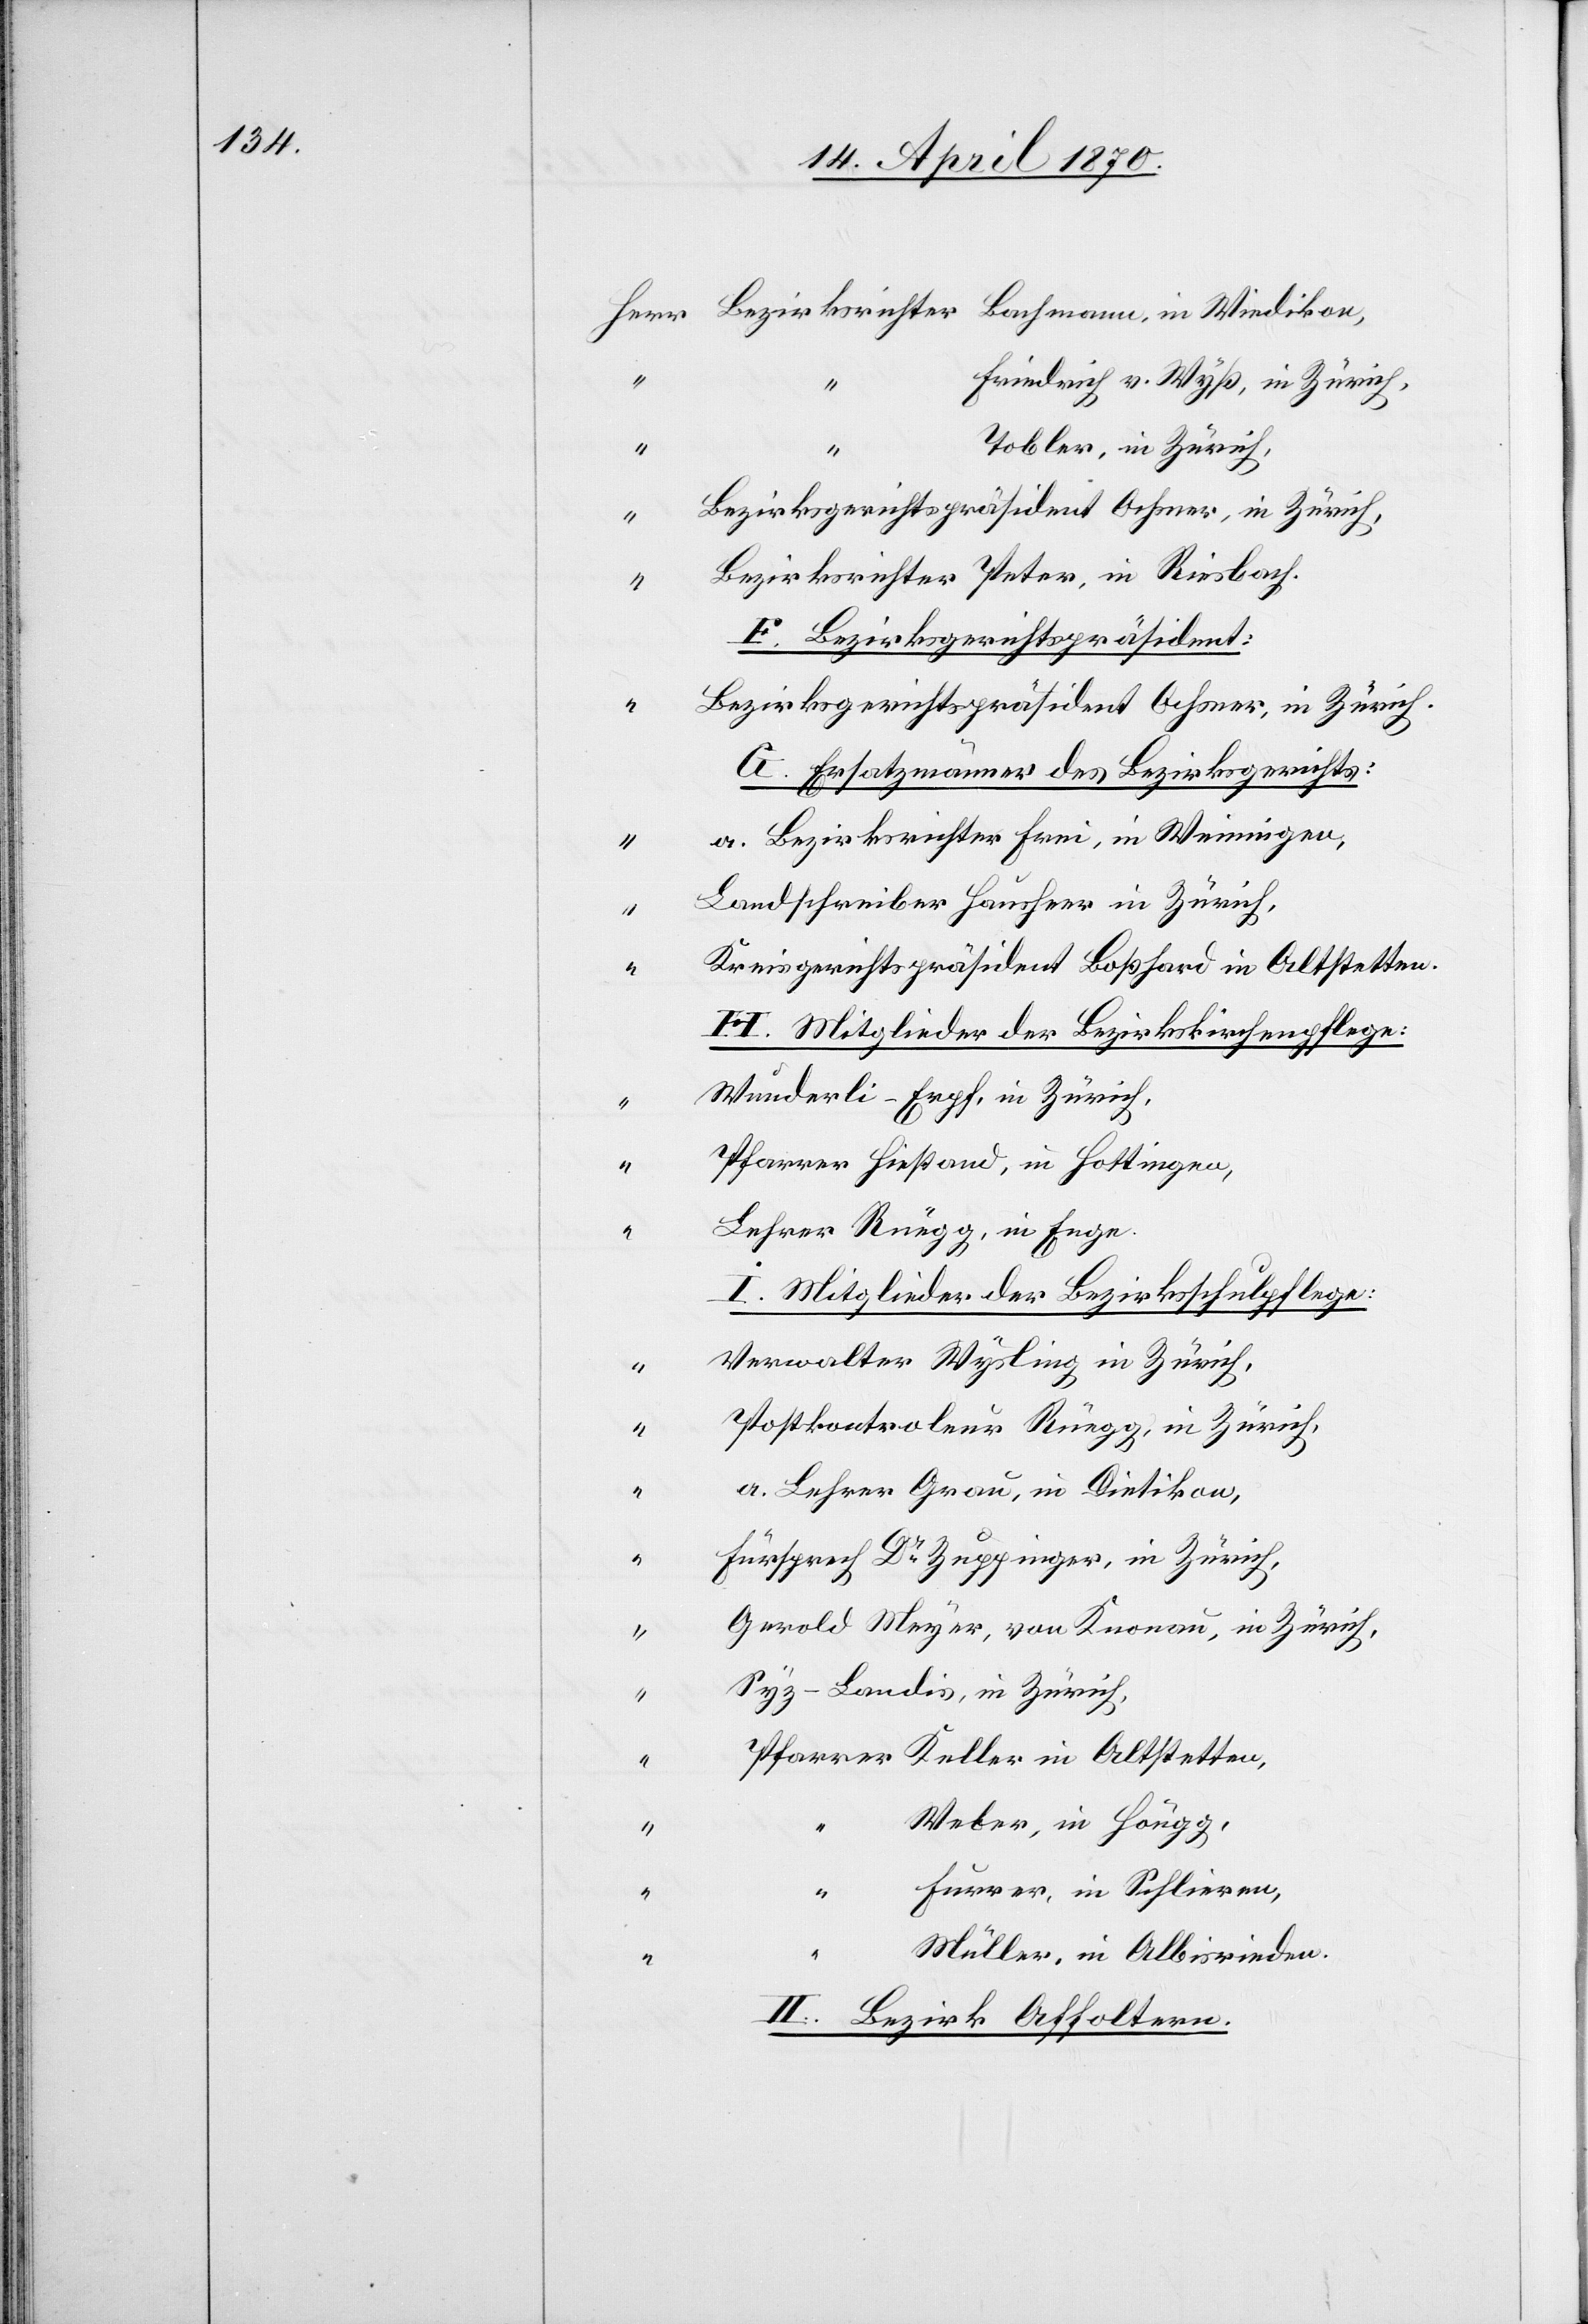
Friedrich v. Wyß, in Zürich,
“
Tobler, in Zürich,
“
Bezirksgerichtspräsident Ochsner, in Zürich,
Bezirksrichter Peter, in Riesbach.
E. Bezirksgerichtspräsident:
Bezirksgerichtspräsident Ochsner, in Zürich.
G. Ersatzmänner des Bezirksgerichts:
a. Bezirksrichter Frei, in Weiningen,
Landschreiber Hausheer in Zürich,
Kreisgerichtspräsident Boßhard in Altstetten.
H. Mitglieder der Bezirkskirchenpflege:
Wunderli-Erpf, in Zürich,
Pfarrer Hiestand, in Hottingen,
Lehrer Rüegg, in Enge.
I. Mitglieder der Bezirksschulpflege:
Verwalter Wysling in Zürich,
Postkontroleur Rüegg, in Zürich,
a. Lehrer Grau, in Dietikon,
Fürsprech Dr Zuppinger, in Zürich,
Gerold Meyer, von Knonau, in Zürich,
Syz-Landis, in Zürich,
Pfarrer Keller in Altstetten,
Weber, in Höngg,
Furrer, in Schlieren,
Wiedikon,
Müller, in Albisrieden.
II. Bezirk Affoltern.